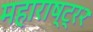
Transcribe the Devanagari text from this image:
महाराष्ट्र२